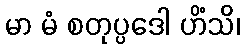
မာ မံ စတုပ္ပဒေါ ဟိံသိ၊